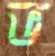
ভ